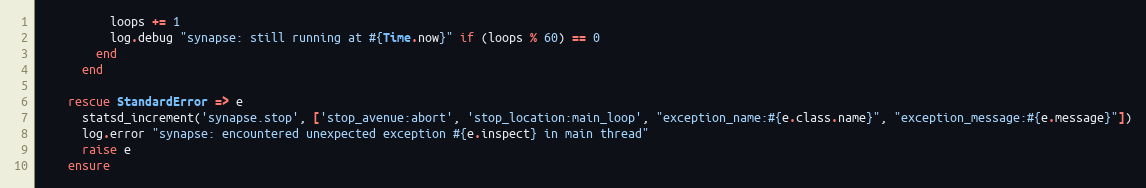
Language: Ruby
          loops += 1
          log.debug "synapse: still running at #{Time.now}" if (loops % 60) == 0
        end
      end

    rescue StandardError => e
      statsd_increment('synapse.stop', ['stop_avenue:abort', 'stop_location:main_loop', "exception_name:#{e.class.name}", "exception_message:#{e.message}"])
      log.error "synapse: encountered unexpected exception #{e.inspect} in main thread"
      raise e
    ensure